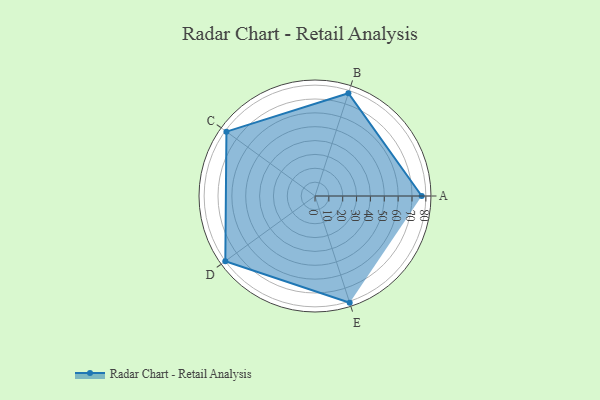
{"axis": {"x": "Skill", "y": "Score"}, "legend": ["Profile"], "data": [{"x": "A", "y": 77.0, "type": "Profile"}, {"x": "B", "y": 78.0, "type": "Profile"}, {"x": "C", "y": 79.0, "type": "Profile"}, {"x": "D", "y": 80.0, "type": "Profile"}, {"x": "E", "y": 81.0, "type": "Profile"}]}